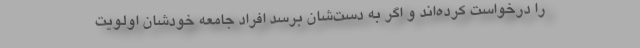
را درخواست کرده‌اند و اگر به دست‌شان برسد افراد جامعه خودشان اولویت